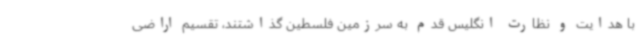
با هدایت و نظارت انگلیس قدم به سرزمین فلسطین گذاشتند، تقسیم اراضی